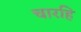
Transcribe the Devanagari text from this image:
चारहि